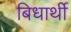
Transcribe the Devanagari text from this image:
बिधार्थी